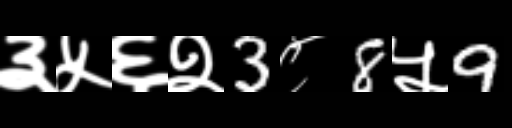
Text: ३५६२3८8५9